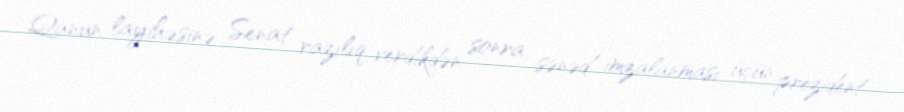
Qanun layihəsinə Senat razılıq verdikdən sonra sənəd imzalanması üçün prezident